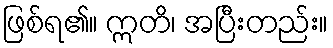
ဖြစ်ရ၏။ ဣတိ၊ အပြီးတည်း။